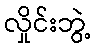
လှိုင်းဘွဲ့